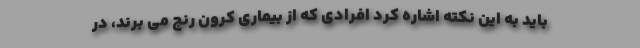
باید به این نکته اشاره کرد افرادی که از بیماری کرون رنج می برند، در